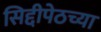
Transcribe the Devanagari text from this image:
सिद्दीपेठच्या